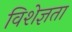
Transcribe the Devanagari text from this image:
विशेज्ञता